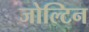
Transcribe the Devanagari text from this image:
जोल्टिन